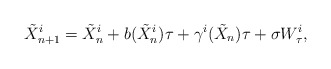
\begin{align*}\tilde X_{n+1}^i = \tilde X_n^i + b(\tilde X_n^i)\tau + \gamma^i(\tilde X_n)\tau + \sigma W_\tau^i,\end{align*}